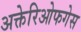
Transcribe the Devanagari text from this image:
अक्तेरिओफगेस